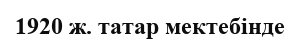
1920 ж. татар мектебінде